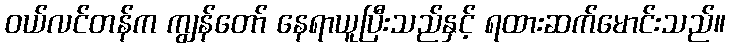
ဝယ်လင်တန်က ကျွန်တော် နေရာယူပြီးသည်နှင့် ရထားဆက်မောင်းသည်။